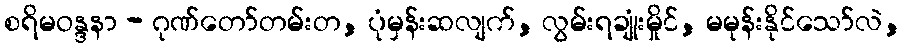
စရိမဝန္ဒနာ - ဂုဏ်တော်တမ်းတ, ပုံမှန်းဆလျက်, လွမ်းရချုံးမှိုင်, မမုန်းနိုင်သော်လဲ,